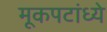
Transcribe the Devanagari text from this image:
मूकपटांध्ये